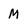
Character: M